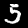
Digit: 5